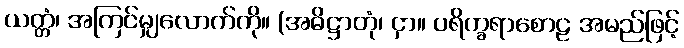
ယတ္တံ၊ အကြင်မျှလောက်ကို။ (အဓိဋ္ဌာတုံ၊ ငှာ။ ပရိက္ခရာစောဠ အမည်ဖြင့်